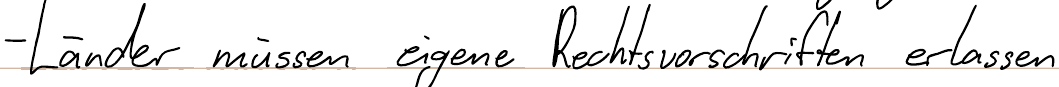
- Länder müssen eigene Rechtsvorschriften erlassen